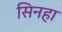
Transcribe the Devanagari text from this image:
सिनहा